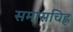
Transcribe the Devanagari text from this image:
समासचिह्न